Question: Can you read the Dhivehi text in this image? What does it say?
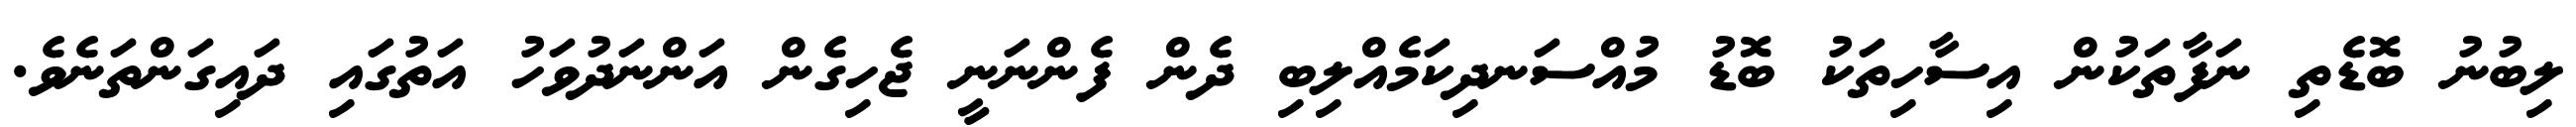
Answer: ލިބުނު ބޮޑެތި ނަފާތަކުން އިސާހިތަކު ބޮޑު މުއްސަނދިކަމެއްލިބި ދެން ފެންނަނީ ޖެހިގެން އަންނަދުވަހު އަތުގައި ދައިގަންތަނެވެ.